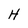
Character: H